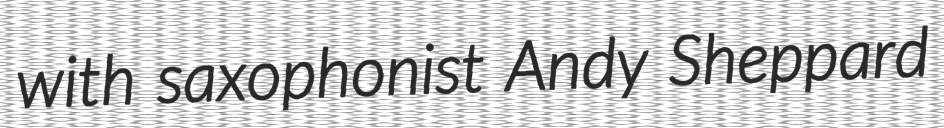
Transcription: with saxophonist Andy Sheppard